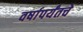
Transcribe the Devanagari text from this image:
वर्षापर्यंतचे